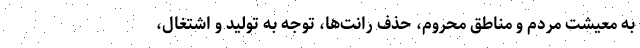
به معیشت مردم و مناطق محروم، حذف رانت‌ها، توجه به تولید و اشتغال،